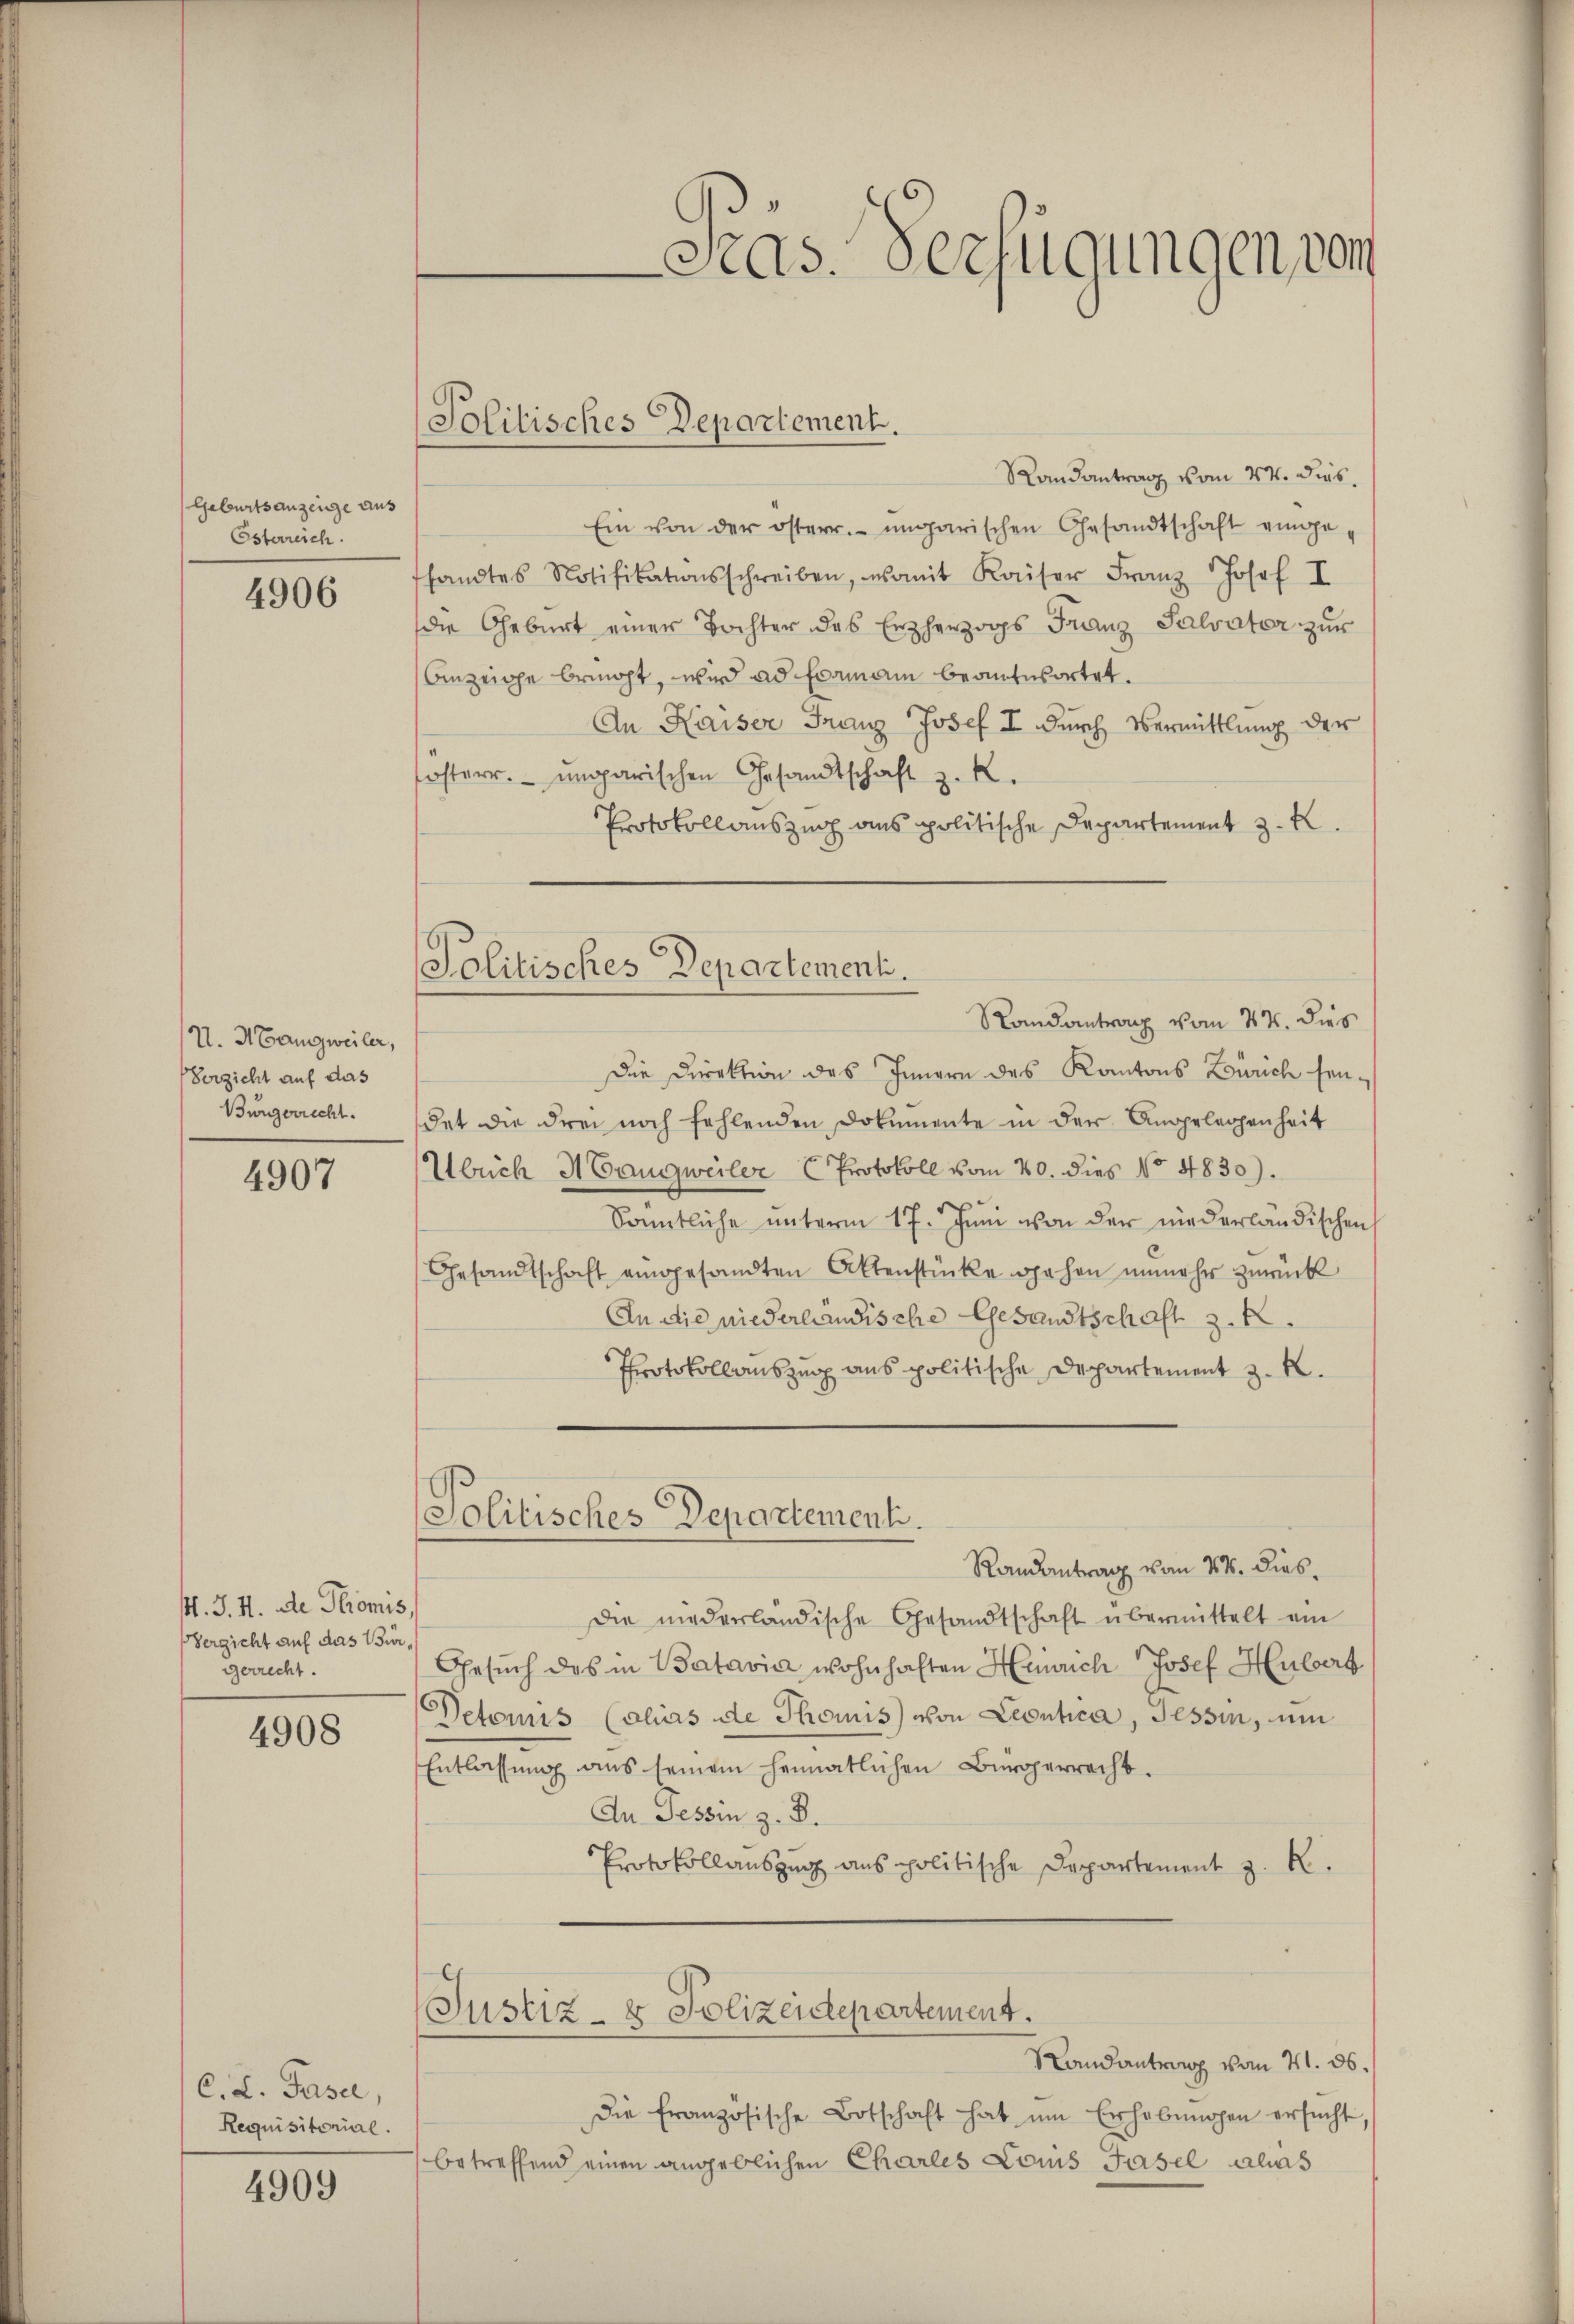
Geburtsanzeige aus
Esterreich.

4906

U. Mangweiler,
Verzicht auf das
Bürgerrecht.

4907

M. J. M. de Thromis,
Verzicht auf das Bürgerrecht.

4908

C. L. Pasel
Requisitorial.

4909

Solitisches Departement.

Politisches Departementi.

Randantrag vom 24. dies
Ein von der österr. ungarischen Gesandtschaft einge-
fsandtes Notifikationsschreiben, womit Kaiser Franz Josef I
die Geburt einer Tochter des Erzherzogs Franz Salvater zur
Anzeige bemüht, wird ad Examann beantwortet.
An Kaiser Franz Josef I durch Vermittlung der
sosterr. ungarischen Gesandtschaft z. R.
Protokollauszug aus politische Departement z. B.
Randantrag vom 24. dies
Die Direktion des Innern des Kantons Zürich seidet die drei noch fehlenden Dokumente in der Angelegenheit
Ulrich Haugweiler (Protokoll vom 20. dies No 4830)
e
Sanntliche ŭnterm 17. Jŭni von der niederländischen
Gesandtschaft eingesandten Aktenstücke gehen unmehr zurück
An die niederländische Gesandtschaft z.
Protokollauszug aus politische Departement z. B.
Politisches Departement.
Randantrag von 4. dies
Die niederländische Gesandtschaft übermittelt am
Gesuch des in Batavia wohnhaften Heinrich Josef Hubert
Detoris (olias de Thoris von Leontica, Tessin, um
Entlassung aus seinem heimatlichen Bürgerrecht.
An Tessin z. B.
Protokollauszug aus politische Departement z. R.
(Justiz- & Polizeidepartement.
Randantrag vom 21. ds.
die französische Botschaft hat um Erhebungen ersucht
betreffend einen angeblichen Charles Louis Fasel alias

.
Cas. Verfügungen vom